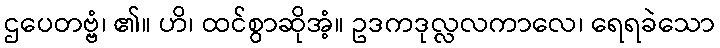
ဌပေတဗ္ဗံ၊ ၏။ ဟိ၊ ထင်စွာဆိုအံ့။ ဥဒကဒုလ္လလကာလေ၊ ရေရခဲသော